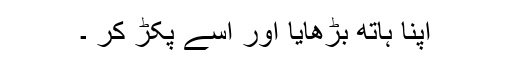
اپنا ہاتھ بڑھایا اور اسے پکڑ کر ۔